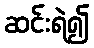
ဆင်းရဲ၍